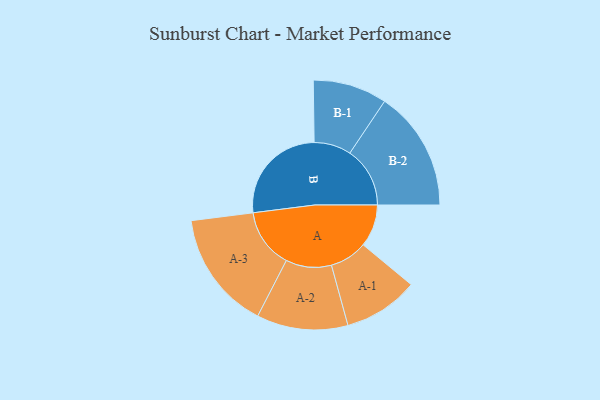
{"axis": {"x": "Segment", "y": "Value"}, "legend": ["", "A", "B"], "data": [{"x": "A", "y": 184, "type": ""}, {"x": "B", "y": 448, "type": ""}, {"x": "A-1", "y": 163, "type": "A"}, {"x": "A-2", "y": 198, "type": "A"}, {"x": "A-3", "y": 258, "type": "A"}, {"x": "B-1", "y": 161, "type": "B"}, {"x": "B-2", "y": 261, "type": "B"}]}